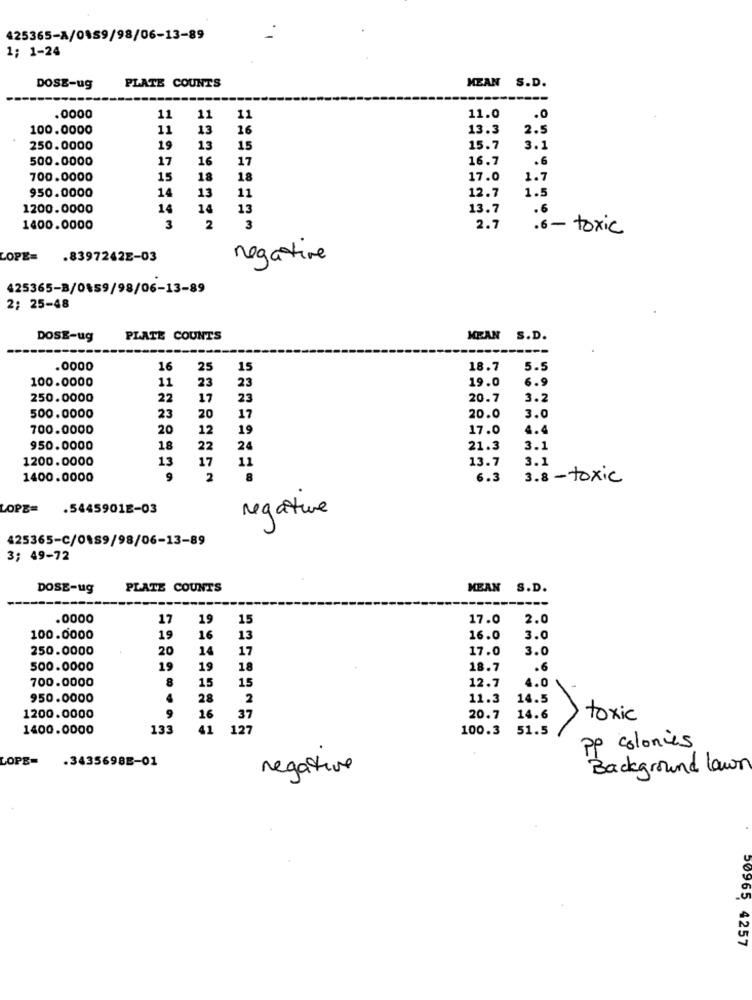
425365-A/0489/98/06-13-89
1; 1-24
DOSE-ug
PLATE COUNTS
MEAN S.D.
.0000
11
11
11
11.0
.0
100.0000
11
13
16
13.3
2.5
250.0000
19
13
15
15.7
3.1
500.0000
17
16
17
16.7
.6
700.0000
15
18
18
17.0
1.7
14
13
1.5
950.0000
11
12.7
1200.0000
14
14
13
13.7
.6
3
1400.0000
2
3
2.7
.6 - toxic
LOPE=
.8397242E-03
negative
425365-3/0459/98/06-13-89
2; 25-48
DOSE-ug
PLATE COUNTS
MEAN S.D.
.0000
16
25
15
18.7
5.5
100.0000
23
19.0
6.9
11
23
250.0000
22
17
23
20.7
3.2
500.0000
23
20
17
20.0
3.0
700.0000
20
12
19
17.0
6.4
950.0000
18
22
24
21.3
3.1
1200.0000
13
17
13.7
3.1
11
1400.0000
9
2
8
6.3
3.8 -toxic
LOPE=
.5445901E-03
negative
425365-C/0189/98/06-13-89
3; 49-72
DOSE-ug
PLATE COUNTS
MEAN S.D.
.0000
17
19
15
17.0
2.0
100.0000
19
16
13
16.0
3.0
250.0000
20
17
17.0
3.0
14
500.0000
19
19
18
18.7
.6
700.0000
8
4.0
15
15
12.7
950.0000
4
28
2
11.3
14.5
9
1200.0000
16
37
20.7
14.6
toxic
1400.0000
133
41
12
100.3
51.5
pp colonies
LOPE=
.3435698E-01
negative
Background lawn
50965 4257